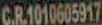
C.R.1010605917